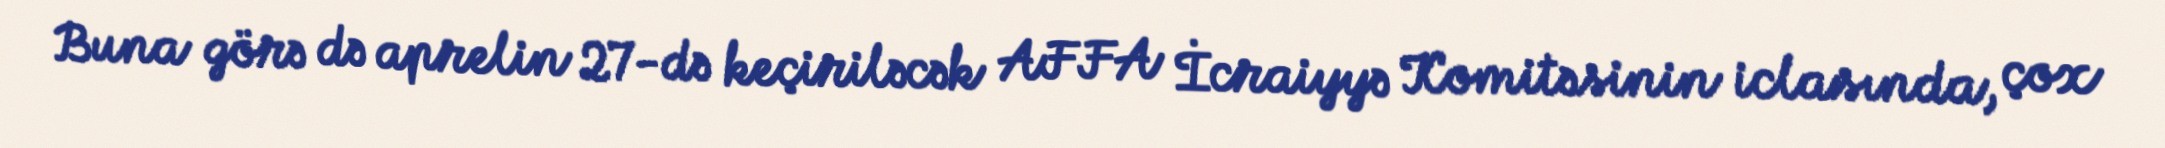
Buna görə də aprelin 27-də keçiriləcək AFFA İcraiyyə Komitəsinin iclasında, çox